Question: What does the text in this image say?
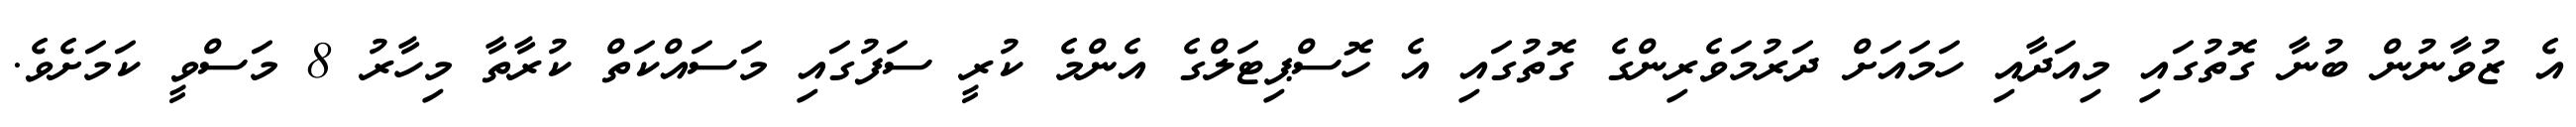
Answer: އެ ޒުވާނުން ބުނާ ގޮތުގައި މިއަދާއި ހަމައަށް ދަރުމަވެރިންގެ ގޮތުގައި އެ ހޮސްޕިޓަލްގެ އެންމެ ކުރީ ސަފުގައި މަސައްކަތް ކުރާތާ މިހާރު 8 މަސްވީ ކަމަށެވެ.